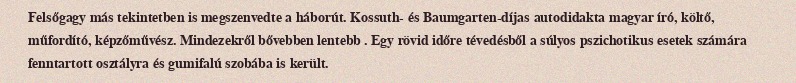
Felsőgagy más tekintetben is megszenvedte a háborút. Kossuth- és Baumgarten-díjas autodidakta magyar író, költő, műfordító, képzőművész. Mindezekről bővebben lentebb . Egy rövid időre tévedésből a súlyos pszichotikus esetek számára fenntartott osztályra és gumifalú szobába is került.